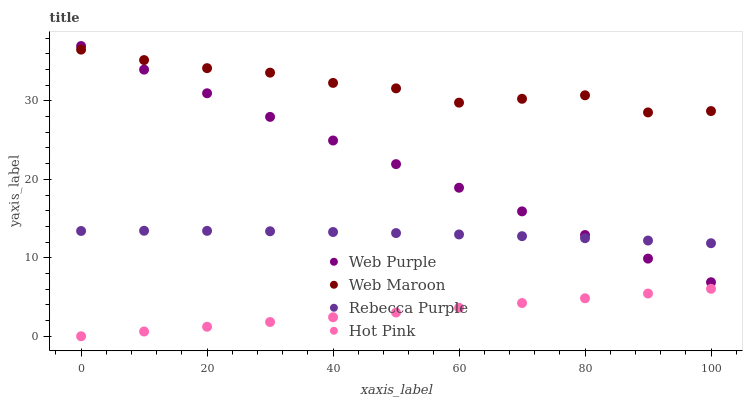
| xaxis_label | Web Purple | Web Maroon | Rebecca Purple | Hot Pink |
 | --- | --- | --- | --- | --- |
 | 0 | 37 | 36.5 | 13.4 | 0 |
 | 10 | 34 | 35.2 | 13.4 | 0.605 |
 | 20 | 31 | 34.2 | 13.4 | 1.21 |
 | 30 | 28 | 33.6 | 13.4 | 1.82 |
 | 40 | 25 | 32.3 | 13.3 | 2.42 |
 | 50 | 21.9 | 31.6 | 13.2 | 3.03 |
 | 60 | 18.9 | 29.8 | 13 | 3.63 |
 | 70 | 15.9 | 30.3 | 12.8 | 4.24 |
 | 80 | 12.9 | 30.7 | 12.5 | 4.84 |
 | 90 | 9.9 | 28.5 | 12.2 | 5.45 |
 | 100 | 6.89 | 28.7 | 11.9 | 6.05 |